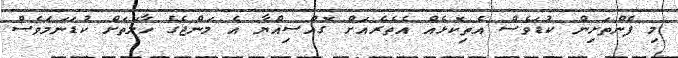
މި ފެންތަށިން ކުޑަވެސް އެތިކޮޅެއް އެތެރެއަށް ގޮއްސިއްޔާ އެ މަންޖެގެ ހާލަތަށް ކުޑަނަމަވެސް